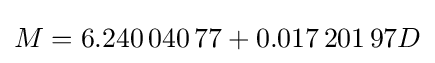
M=6.240\,040\,77+0.017\,201\,97D